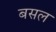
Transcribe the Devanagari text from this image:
बसल